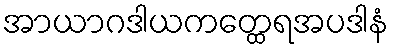
အာယာဂဒါယကတ္ထေရအပဒါနံ